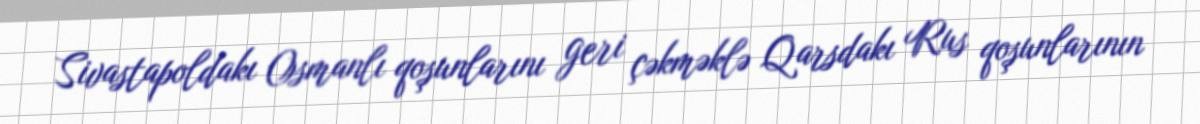
Sivastapoldakı Osmanlı qoşunlarını geri çəkməklə Qarsdakı Rus qoşunlarının